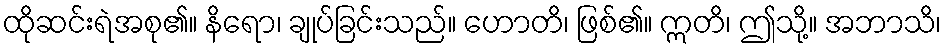
ထိုဆင်းရဲအစု၏။ နိရော၊ ချုပ်ခြင်းသည်။ ဟောတိ၊ ဖြစ်၏။ ဣတိ၊ ဤသို့။ အဘာသိ၊